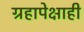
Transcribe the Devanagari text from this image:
ग्रहापेक्षाही